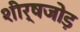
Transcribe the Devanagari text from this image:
शीर्षजोड़